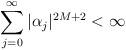
LaTeX: \begin{align*} \sum_{j=0}^{\infty} |\alpha_j|^{2M+2} < \infty\end{align*}